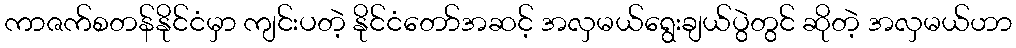
ကာဇက်စတန်နိုင်ငံမှာ ကျင်းပတဲ့ နိုင်ငံတော်အဆင့် အလှမယ်ရွေးချယ်ပွဲတွင် ဆိုတဲ့ အလှမယ်ဟာ